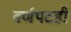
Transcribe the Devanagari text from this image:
वर्णपटही